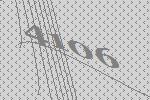
4106